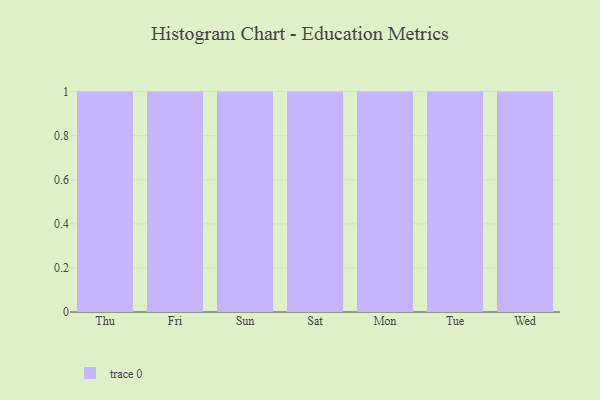
{"axis": {"x": "Day", "y": "Budget (USD K)"}, "legend": [""], "data": [{"x": "Thu", "y": 78, "type": ""}, {"x": "Fri", "y": 76, "type": ""}, {"x": "Sun", "y": 16, "type": ""}, {"x": "Sat", "y": 22, "type": ""}, {"x": "Mon", "y": 24, "type": ""}, {"x": "Tue", "y": 40, "type": ""}, {"x": "Wed", "y": 2, "type": ""}]}